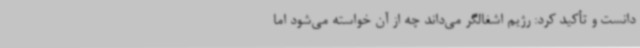
دانست و تأکید کرد: رژیم اشغالگر می‌داند چه از آن خواسته می‌شود اما